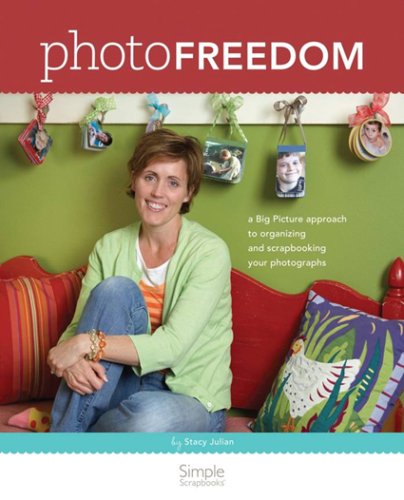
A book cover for Photo Freedom (Simple Scrapbooks); Simple Scrapbooks; Crafts, Hobbies & Home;